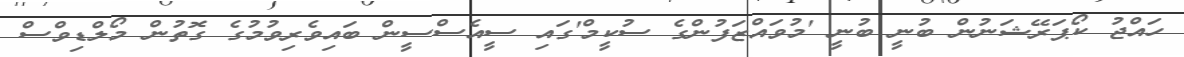
ހައްޖު ކޯޕަރޭޝަނުން ބުނީ ބުނީ 'މުވައްޒަފުންގެ ސުކީމް'ގައި ސީއެސްސީން ބައިވެރިވުމުގެ ގޮތުން މޯލްޑިވްސް